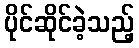
ပိုင်ဆိုင်ခဲ့သည့်